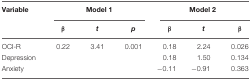
<table><thead><tr><td><b>Variable</b></td><td colspan="3"><b>Model 1</b></td><td colspan="3"><b>Model 2</b></td></tr><tr><td></td><td><b><i>β</i></b></td><td><b><i>t</i></b></td><td><b><i>p</i></b></td><td><b><i>β</i></b></td><td><b><i>t</i></b></td><td><b><i>β</i></b></td></tr></thead><tbody><tr><td>OCI-R</td><td>0.22</td><td>3.41</td><td>0.001</td><td>0.18</td><td>2.24</td><td>0.026</td></tr><tr><td>Depression</td><td></td><td></td><td></td><td>0.18</td><td>1.50</td><td>0.134</td></tr><tr><td>Anxiety</td><td></td><td></td><td></td><td>-0.11</td><td>-0.91</td><td>0.363</td></tr></tbody></table>